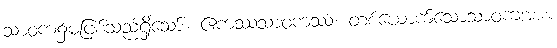
သာဝက၌မဖြစ်သည်ရှိသော်။ ဧကဿသာဝကဿ၊ တစ်ယောက်သောသာဝကအား။